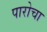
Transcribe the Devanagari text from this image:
पारोचा